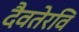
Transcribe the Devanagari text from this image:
दैवतेरवि